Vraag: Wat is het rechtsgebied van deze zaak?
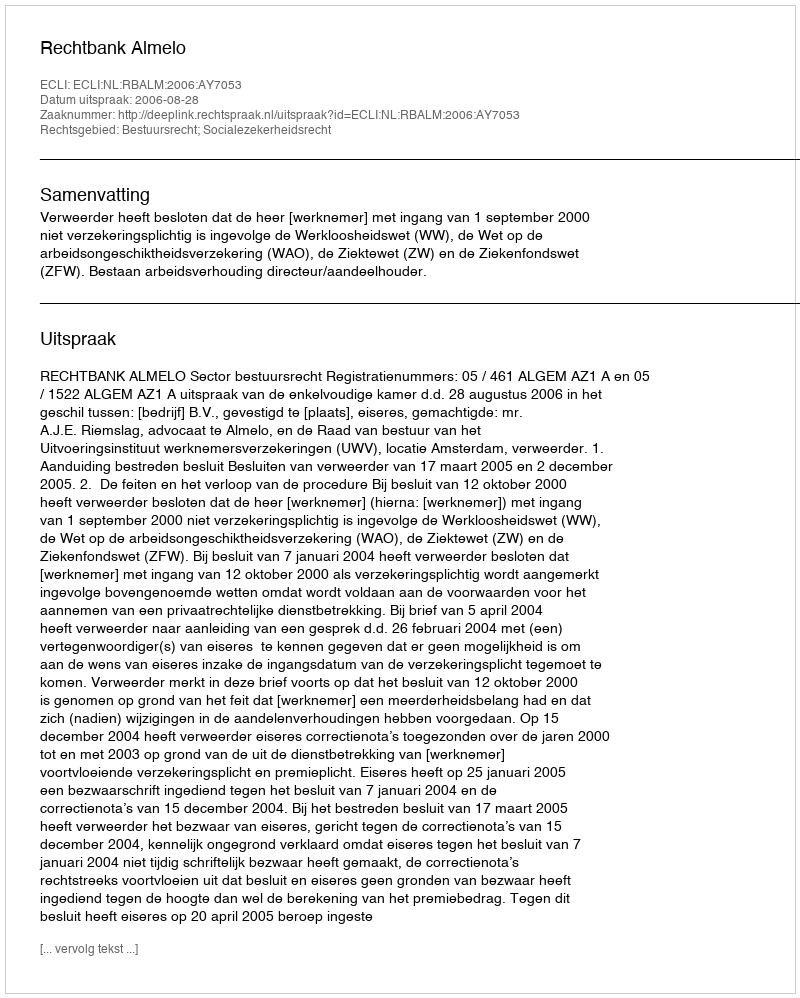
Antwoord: Bestuursrecht; Socialezekerheidsrecht